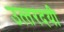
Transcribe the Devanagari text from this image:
उत्‍तरदयी